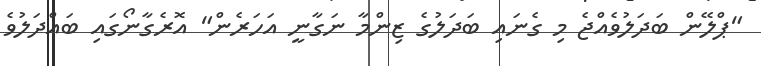
"ޕްލޭން ބަދަލުވެއްޖެ މި ގެނައި ބަދަލުގެ ޒިންމާ ނަގާނީ އަހަރެން" އޮރެގާނޯގައި ބައްދަލުވެ